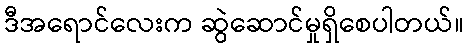
ဒီအရောင်လေးက ဆွဲဆောင်မှုရှိစေပါတယ်။